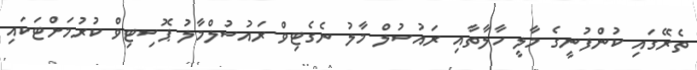
ތެރޭގައި ކުންފުނީގެ މާލީ ހާލާތާއި ރައުސުލް މާލު ނެގެޓިވް ރައުސުލްމާލު ޕޮސިޓިވް ކުރުމަށްޓަކައި